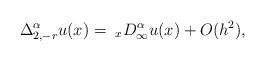
LaTeX: \begin{align*} \Delta_{2,-r}^\alpha u(x) = \;_x D_\infty^\alpha u(x) + O(h^2),\end{align*}